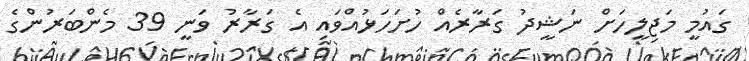
ގައުމީ މަޖިލީހަށް ނަޝީދު ގަރާރެއް ހުށަހަޅުއްވައި އެ ގަރާރު ވަނީ 39 މެންބަރުންގެ